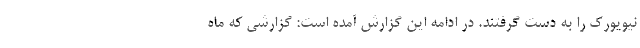
نیویورک را به دست گرفتند. در ادامه این گزارش آمده است: گزارشی که ماه